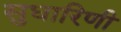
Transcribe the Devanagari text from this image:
सुधारिणी